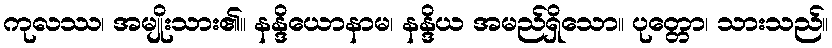
ကုလဿ၊ အမျိုးသား၏။ နန္ဒိယောနာမ၊ နန္ဒိယ အမည်ရှိသော။ ပုတ္တော၊ သားသည်။